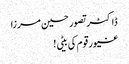
ڈاکٹر تصور حسین مرزا
غیور قوم کی بیٹی !